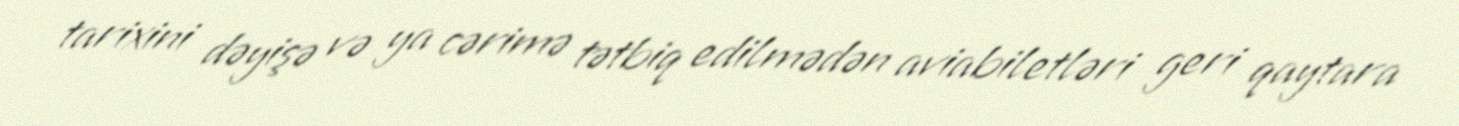
tarixini dəyişə və ya cərimə tətbiq edilmədən aviabiletləri geri qaytara